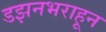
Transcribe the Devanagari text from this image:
डझनभराहून